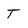
Character: T